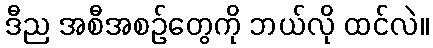
ဒီည အစီအစဉ်တွေကို ဘယ်လို ထင်လဲ။